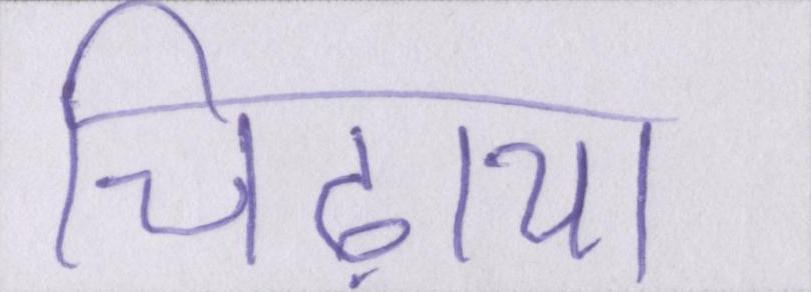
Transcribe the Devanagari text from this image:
चिढ़ाया